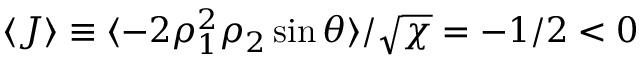
\langle J \rangle \equiv \langle - 2 \rho _ { 1 } ^ { 2 } \rho _ { 2 } \sin \theta \rangle / \sqrt { \chi } = - 1 / 2 < 0